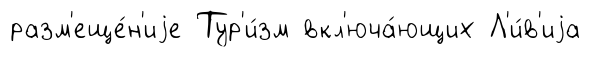
разм'еще́н'иjе Тур'и́зм вкл'юча́ющих Л'и́в'иjа